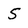
Character: 5